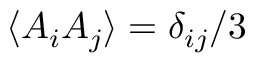
\langle A _ { i } A _ { j } \rangle = \delta _ { i j } / 3